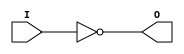
module INV (O, I);

    output O;

    input  I;

	not N1 (O, I);

endmodule